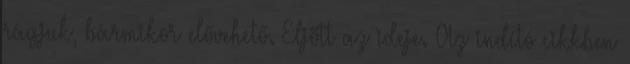
rágjuk, bármikor elővehető. Eljött az ideje. Az indító cikkben